Report of the veterinary officer investigating camel disease
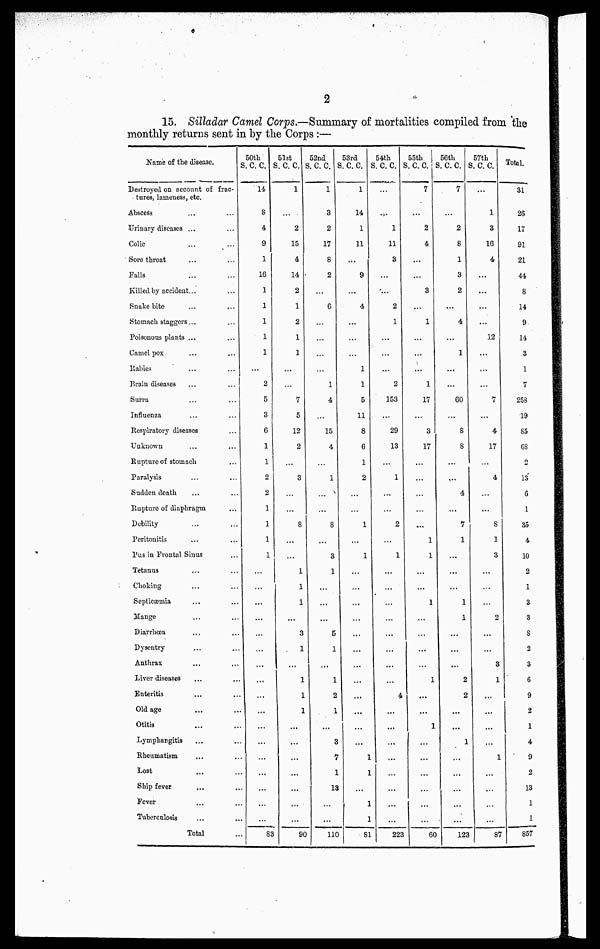
2
15. Silladar Camel Corps.—Summary of mortalities compiled from the
monthly returns sent in by the Corps :—
Name of the disease.
Destroyed on account of frac-
tures, lameness etc.
Abscess
Urinary diseases ...
Colic
Sore throat
Falls
Killed by accident...
Snake bite
Stomach staggers...
Poisonous plants ...
Camel pox
Rabies
Drain diseases
Surra
Influenza
Respiratory diseases
Unknown
Rupture of stomach
Paralysis
Sudden death
Rupture of diaphragm
Debility
Peritonitis
Pus in Frontal Sinus
Tetanus
Choking
Septicaemia
Mange
Diarrhoea
Dysentry
Anthrax
Liver diseases
Enteritis
Old age
Otitis
Lymphangitis
Rheumatism
Lost
Ship fever
Fever
Tuberculosis
Total
50th
3. C. C.
14
8
4
9
1
16
1
1
1
1
1
...
2
5
3
6
1
1
2
2
1
1
1
1
...
...
...
...
...
...
...
...
...
...
...
...
...
...
...
...
83
51st
S. C. C.
1
...
2
15
4
14
2
1
2
1
1
...
...
7
5
12
2
...
3
...
..
8
...
...
1
1
1
...
3
1
...
1
1
1
...
...
...
...
...
...
...
90
52nd
3. C. C.
1
3
2
17
8
2
...
6
...
...
...
...
1
4
...
15
4
1
...
...
8
...
3
1
...
...
...
5
1
...
1
2
1
...
3
7
1
13
...
...
110
53rd
S. C. C.
1
14
1
11
...
9
...
4
...
...
1
1
5
11
8
6
1
2
...
...
1
...
1
...
...
..
...
...
...
...
...
...
...
1
1
...
1
1
81
54th
S.C.C.
...
...
1
11
3
...
....
2
1
...
...
...
2
153
...
29
13
...
1
...
...
2
1
...
...
...
...
...
...
...
...
4
...
...
...
...
...
...
223
55th
S. C. C.
7
...
2
4
...
...
3
...
1
...
...
...
1
17
...
3
17
...
...
...
...
...
1
1
...
...
1
...
|
...
...
...
1
...
...
1
...
...
...
...
...
60
56th
S. C. C.
7
...
2
8
1
3
2
...
4
...
1
...
...
60
...
8
8
...
....
4
...
7
1
...
...
...
1
1
...
...
...
2
2
...
...
1
...
...
...
...
...
123
57th
S. C. C.
...
1
3
16
4
...
...
...
...
12
...
...
7
...
4
17
...
4
..
...
8
1
3
...
...
2
...
...
3
1
...
...
...
...
1
...
...
...
...
87
Total.
31
26
17
91
21
44
8
14
9
14
3
1
7
258
19
85
68
2
13
6
1
35
4
10
2
1
3
3
8
2
3
6
9
2
1
4
9
2
13
1
1
857